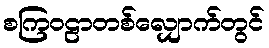
စကြဝဠာတစ်လျှောက်တွင်